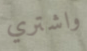
واشتري